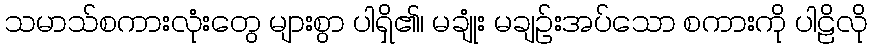
သမာသ်စကားလုံးတွေ များစွာ ပါရှိ၏၊ မချုံး မချဉ်းအပ်သော စကားကို ပါဠိလို